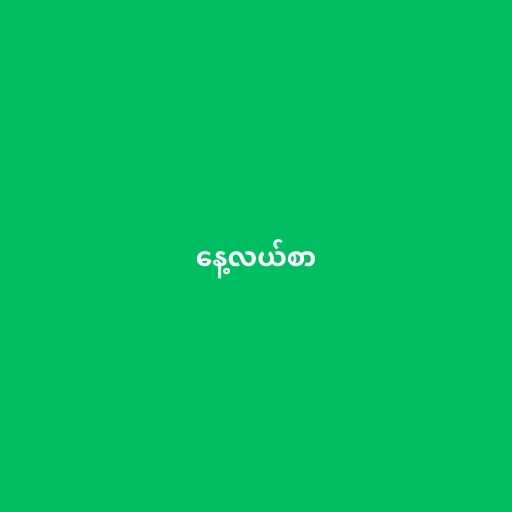
နေ့လယ်စာ